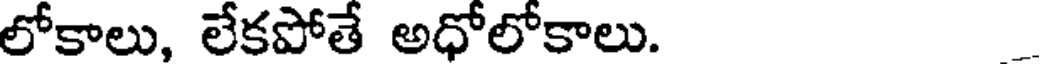
లోకాలు, లేకపోతే అధోలోకాలు.